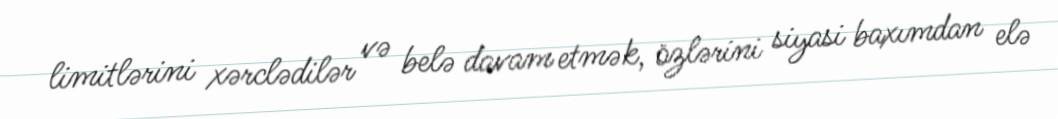
limitlərini xərclədilər və belə davam etmək, özlərini siyasi baxımdan elə